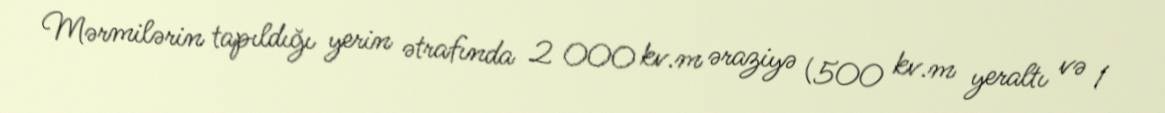
Mərmilərin tapıldığı yerin ətrafında 2 000 kv.m əraziyə (500 kv.m yeraltı və 1